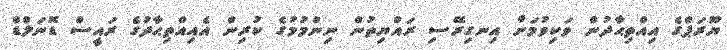
ޔޫރަޕްގެ އިއްތިޙާދުން ވަކިވުމަށް އިނގިރޭސި ރައްޔިތުން ނިންމުމުގެ ކުރިން އެއިއްތިޙާދުގެ ރައީސް ޑޮނަލްޑް